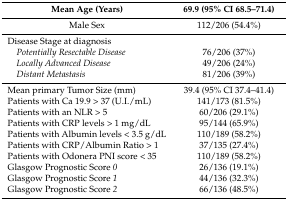
<table><thead><tr><td><b>Mean Age (Years)</b></td><td><b>69.9 (95% CI 68.5–71.4)</b></td></tr></thead><tbody><tr><td>Male Sex</td><td>112/206 (54.4%)</td></tr><tr><td>Disease Stage at diagnosis</td><td></td></tr><tr><td><i> Potentially Resectable Disease</i></td><td>76/206 (37%)</td></tr><tr><td><i> Locally Advanced Disease</i></td><td>49/206 (24%)</td></tr><tr><td><i> Distant Metastasis</i></td><td>81/206 (39%)</td></tr><tr><td>Mean primary Tumor Size (mm)</td><td>39.4 (95% CI 37.4–41.4)</td></tr><tr><td>Patients with Ca 19.9 &gt; 37 (U.I./mL)</td><td>141/173 (81.5%)</td></tr><tr><td>Patients with an NLR &gt; 5</td><td>60/206 (29.1%)</td></tr><tr><td>Patients with CRP levels &gt; 1 mg/dL</td><td>95/144 (65.9%)</td></tr><tr><td>Patients with Albumin levels &lt; 3.5 g/dL</td><td>110/189 (58.2%)</td></tr><tr><td>Patients with CRP/Albumin Ratio &gt; 1</td><td>37/135 (27.4%)</td></tr><tr><td>Patients with Odonera PNI score &lt; 35</td><td>110/189 (58.2%)</td></tr><tr><td>Glasgow Prognostic Score <i>0</i></td><td>26/136 (19.1%)</td></tr><tr><td>Glasgow Prognostic Score <i>1</i></td><td>44/136 (32.3%)</td></tr><tr><td>Glasgow Prognostic Score <i>2</i></td><td>66/136 (48.5%)</td></tr></tbody></table>